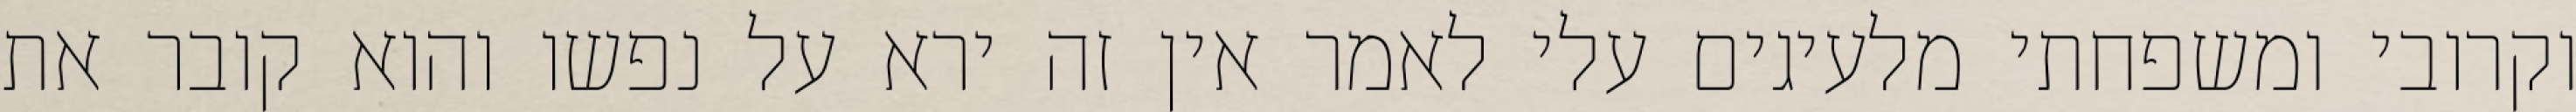
וקרובי ומשפחתי מלעיגים עלי לאמר אין זה ירא על נפשו והוא קובר את